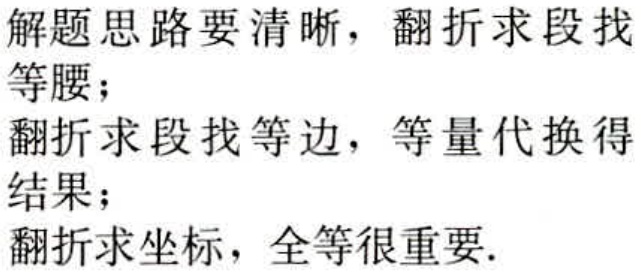
解题思路要清晰，翻折求段找等腰；
翻折求段找等边，等量代换得结果；
翻折求坐标，全等很重要.